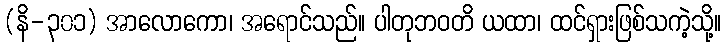
(နိ-၃၀၁) အာလောကော၊ အရောင်သည်။ ပါတုဘဝတိ ယထာ၊ ထင်ရှားဖြစ်သကဲ့သို့။